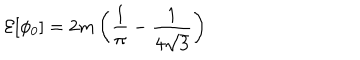
LaTeX: { \cal E } [ \phi _ { 0 } ] = 2 m \left( \frac { 1 } { \pi } - \frac { 1 } { 4 \sqrt { 3 } } \right)